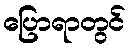
ပြောရာတွင်